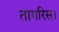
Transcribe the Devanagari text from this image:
तागरिस।